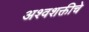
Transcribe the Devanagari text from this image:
अश्वशक्तीचे